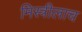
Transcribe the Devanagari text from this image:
मिस्त्रीलाच